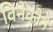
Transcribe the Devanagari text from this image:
विनेकोने